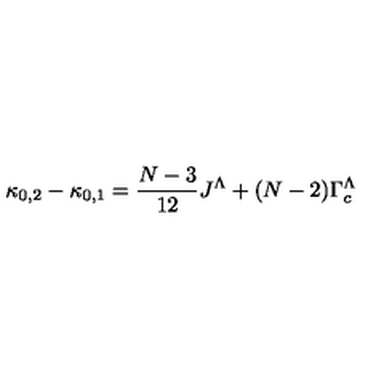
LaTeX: \kappa _ { 0 , 2 } - \kappa _ { 0 , 1 } = \frac { N - 3 } { 1 2 } J ^ { \Lambda } + ( N - 2 ) \Gamma _ { c } ^ { \Lambda }